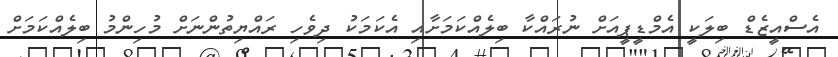
އެސްއީޒެޑް ބިލަކީ އެމްޑީޕީއަށް ނުރައްކާ ބިލެއްކަމަށާއި އެކަމަކު ދިވެހި ރައްޔިތުންނަށް މުހިންމު ބިލެއްކަމަށް